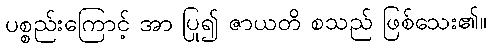
ပစ္စည်းကြောင့် အာ ပြု၍ ဇာယတိ စသည် ဖြစ်သေး၏။